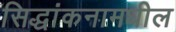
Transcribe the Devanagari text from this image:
सिद्धांकनामधील